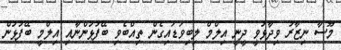
މޫސާ ނިޒާރު ވިދާޅުވީ ދީނީ އިލްމް ލިބިވަޑައިގެން ތިއްބެވި ބޭފުޅުންނާއި އިލްމީ ބޭފުޅުން